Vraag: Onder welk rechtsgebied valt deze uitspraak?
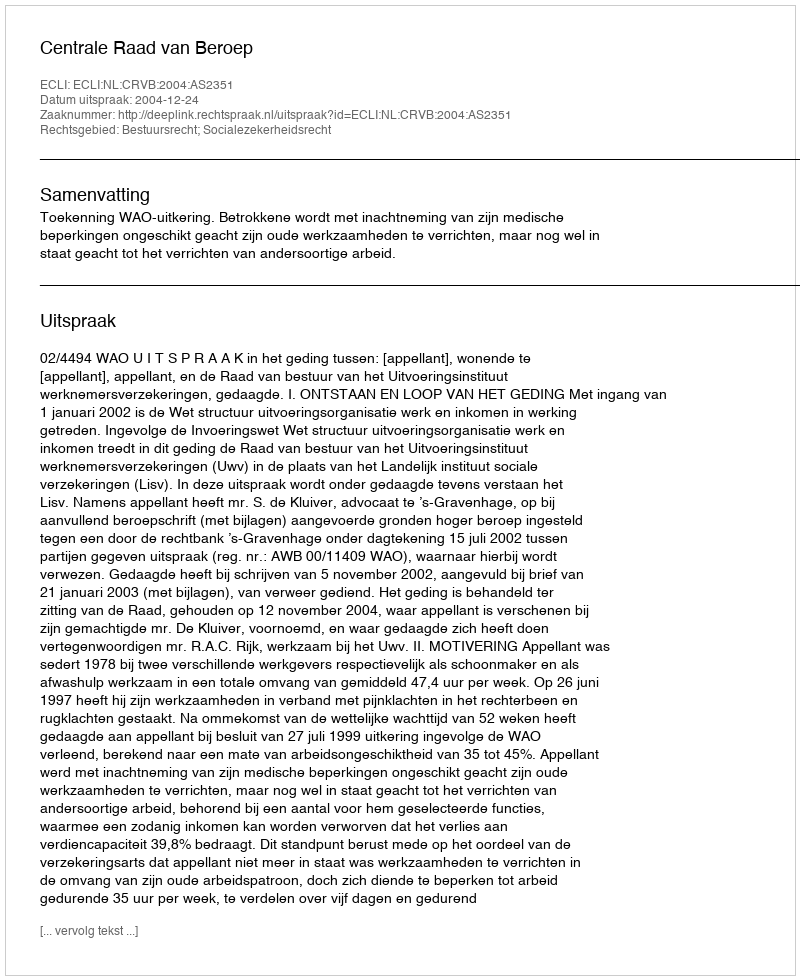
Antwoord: Bestuursrecht; Socialezekerheidsrecht